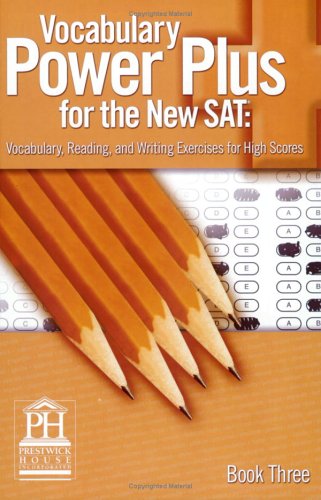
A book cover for Vocabulary Power Plus for the New SAT, Book 3; Daniel A. Reed; Teen & Young Adult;